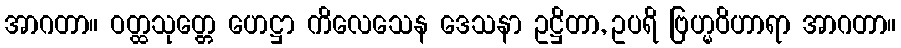
အာဂတာ။ ဝတ္ထသုတ္တေ ဟေဋ္ဌာ ကိလေသေန ဒေသနာ ဥဋ္ဌိတာ, ဥပရိ ဗြဟ္မဝိဟာရာ အာဂတာ။